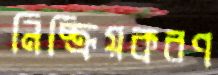
নিষ্ক্রিয়করণ